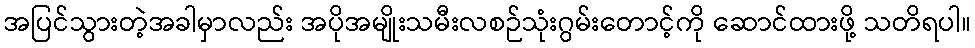
အပြင်သွားတဲ့အခါမှာလည်း အပိုအမျိုးသမီးလစဉ်သုံးဂွမ်းတောင့်ကို ဆောင်ထားဖို့ သတိရပါ။